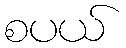
စပယ်